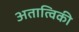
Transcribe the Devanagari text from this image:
अतात्विकी